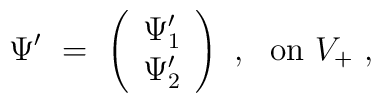
{\Psi }' \ =\ \left( \begin{array}{c}{\Psi }'_1 \\{\Psi }'_2 \end{array} \right) \ ,\ \ {\rm on}\ V_+ \ ,\